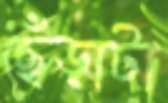
ছেঁড়াটা